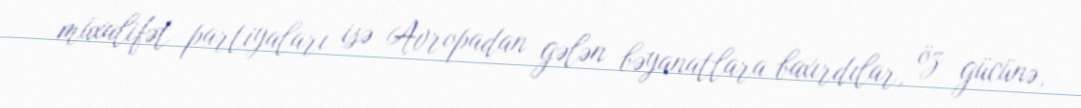
müxalifət partiyaları isə Avropadan gələn bəyanatlara baxırdılar, öz gücünə,